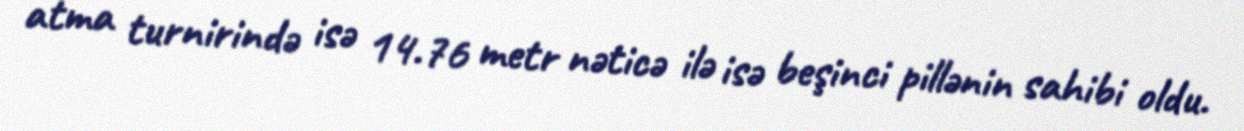
atma turnirində isə 14.76 metr nəticə ilə isə beşinci pillənin sahibi oldu.